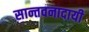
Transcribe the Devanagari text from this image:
सान्तवनादायी